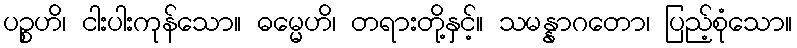
ပဉ္စဟိ၊ ငါးပါးကုန်သော။ ဓမ္မေဟိ၊ တရားတို့နှင့်။ သမန္နာဂတော၊ ပြည့်စုံသော။